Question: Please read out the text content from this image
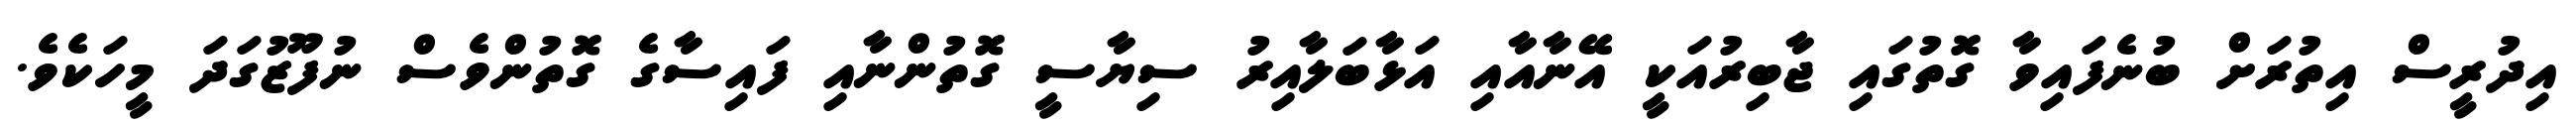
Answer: އިދުރީސް އިތުރަށް ބުނެފައިވާ ގޮތުގައި ޖާބިރުއަކީ އޭނާއާއި އަޅާބަލާއިރު ސިޔާސީ ގޮތުންނާއި ފައިސާގެ ގޮތުންވެސް ނުފޫޒުގަދަ މީހަކެވެ.